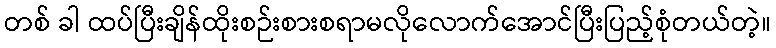
တစ် ခါ ထပ်ပြီးချိန်ထိုးစဉ်းစားစရာမလိုလောက်အောင်ပြီးပြည့်စုံတယ်တဲ့။